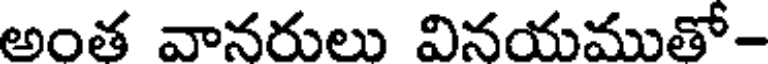
అంత వానరులు వినయముతో-